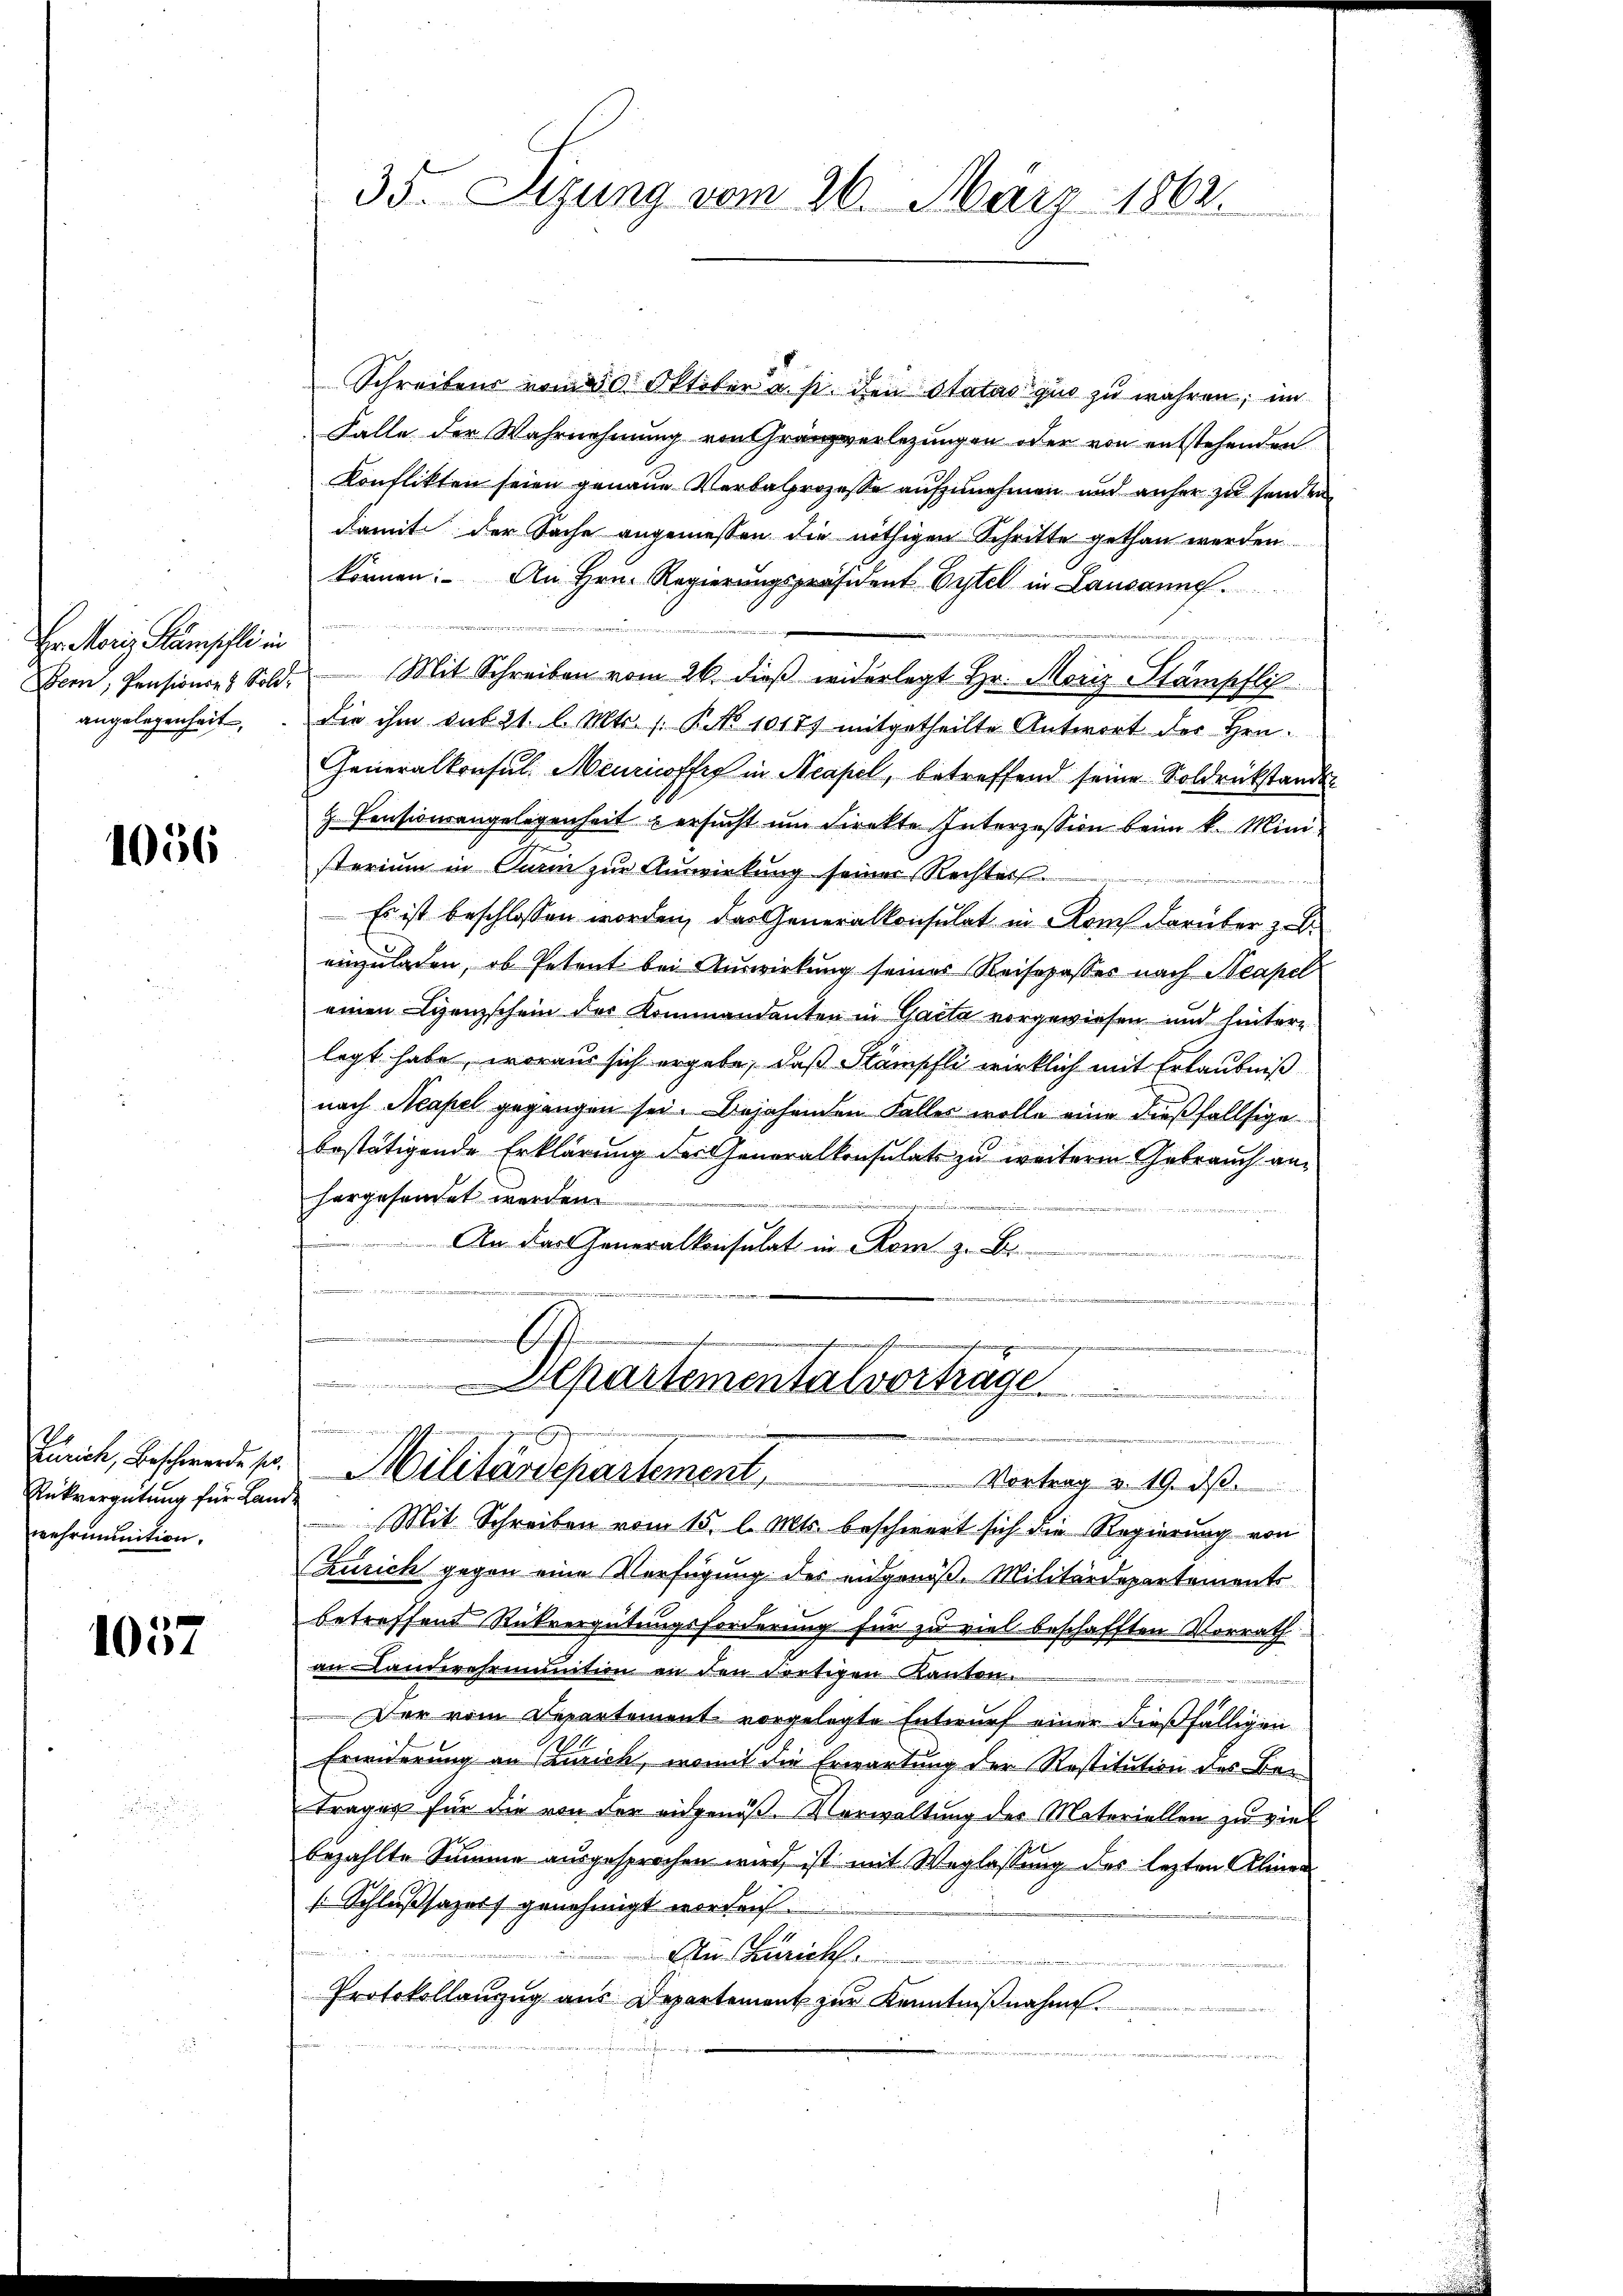
Hr. Moriz Sämschli in
angelegenheit,

1056

Rükvergütung für Lande
wehrmunition.

1057

Schreibens vom 30. Oktober u. s. den Status quo zu währen; im
Falle der Wahrnehmung von Granzverlegungen oder von entstehenden
Konflikten seien genaue Verbalprozesse aufzunehmen und anher zu seinen
damit der Sache angemessen die nöthigen Schritte gethan werden
können. An Hrn. Regierungspräsident Vytel in Lausanne.
ede den
Bern, Pensionses Sold Mit Schreiben vom 26. dieß widerlegt Hr. Moriz Stämpfli
Die ihm sub 21. l. Mts. 1. P. No 10177 mitgetheilte Antwort der Hrn.
Generalkonsul Meuricoffes in Neapel, betreffend seine Soldrückstanden
Z. Pensionsangelegenheit ersucht um Direkte Interzession beim k. Ministerium in Turin zur Auswirkung seiner Rechters.
Es ist beschlossen worden, das Generalkonsulat in Rom darüber zu b
einzulaßen, ob Petent bei Auswirkung seines Reisepasses nach Neapel
einen Lizenzschein der Kommandanten in Gacta vorgewiesen und hinterlegt habe, woraus sich ergebe, daß Stämpfli wirklich mit Erlaubniß
nach Neapel gegangen sei. Bejahenden Faller wolle eine dießfallsige
bestätigende Erklärung der Generalkonsulats zu weiterm Gebrauch anhargesandet werden.
An der Generalkonsulat in Rom zu Bi

n
ig
A.
.
dheit des

35. Sitzung vom 26. März 1862.

Aepartementalvertrage

.
e
Punck, Beschwerden Militärdeparteme.  ..  ..  Vortrag v. 19. ds.

Mit Schreiben vom 15. l. Mts. beschwert sich die Regierung von
Zürich gegen eine Verfügung des eidgenöß. Militärdepartements
betreffend Rückvergütungsforderung für zu viel beschafften Vorrath
an Landwehrmunition an den dortigen Kanton.
Der vom Departement vorgelegte Entwurf einer dießfälligen
Erwiderung an Curich, womit die Erwartung der Restitution des Betrages für die von der eidgenöß. Vorwaltung der Materiellen zu viel
bezahlte Summe ausgesprochen wird, ist mit Weglassung des lezten Aliner
s Schlußsazer genehmigt worden.
Ain Zürich
Protokollanzug aus Departement zur Kenntnißnahme.